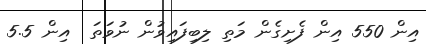
އިން 550 އިން ފެށިގެން މަތި ލިބިފައިވުން ނުވަތަ  އިން 5.5